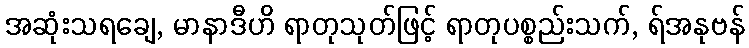
အဆုံးသရချေ, မာနာဒီဟိ ရာတုသုတ်ဖြင့် ရာတုပစ္စည်းသက်, ရ်အနုဗန်